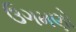
ઉગમણો